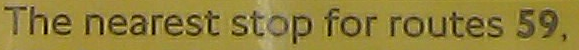
The nearest stop for routes 59,